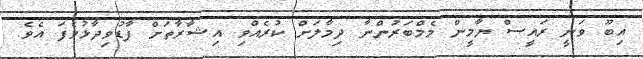
އިބޫ ވަނީ ރައީސް ޔާމީން މެމްބަރުންނާ ދިމާލަށް ކުރެއްވި އިޝާރާތަށް ފާޑުވިދާޅުވެފަ އެވެ.